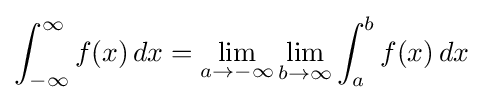
\int _{-\infty }^{\infty }f(x)\,dx=\lim _{a\to -\infty }\lim _{b\to \infty }\int _{a}^{b}f(x)\,dx